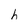
Character: h